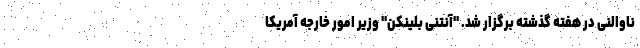
ناوالنی در هفته گذشته برگزار شد. "آنتنی بلینکن" وزیر امور خارجه آمریکا